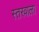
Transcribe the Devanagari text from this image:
स्तरवाला